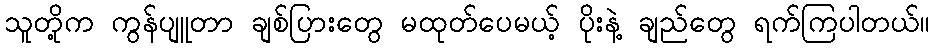
သူတို့က ကွန်ပျူတာ ချစ်ပြားတွေ မထုတ်ပေမယ့် ပိုးနဲ့ ချည်တွေ ရက်ကြပါတယ်။